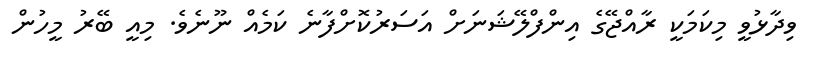
ވިދާޅުވީ މިކަމަކީ ރާއްޖޭގެ އިންފްލޭޝަނަށް އަސަރުކޮށްފާނެ ކަމެއް ނޫނެވެ. މިއީ ބޭރު މީހުން